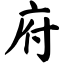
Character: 府